Calcutta medical institutions reports 1871-78
Year: 1871
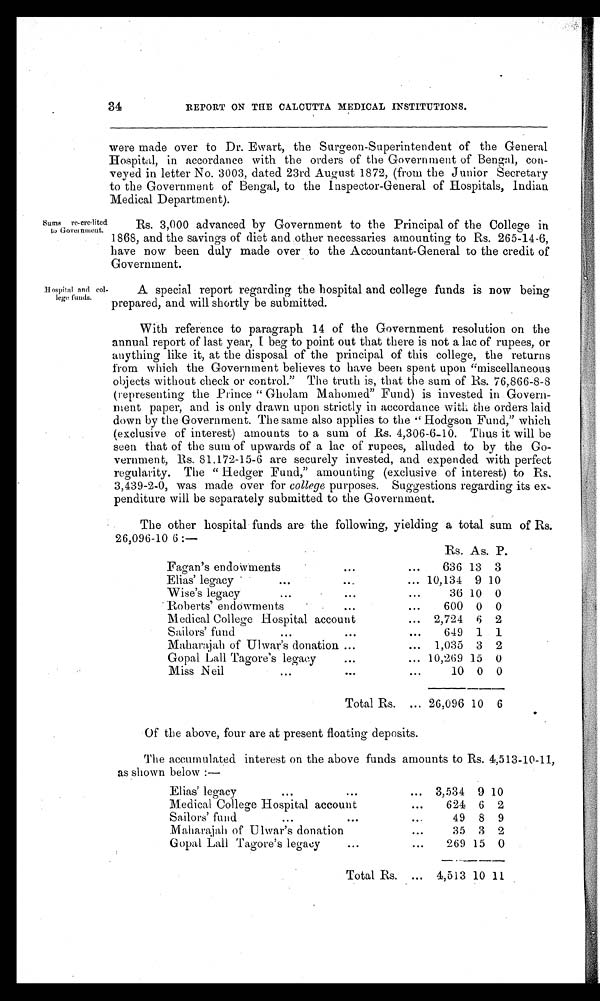
34
REPORT ON THE CALCUTTA MEDICAL INSTITUTIONS.
were made over to Dr. Ewart, the Surgeon-Superintendent of the General
Hospital, in accordance with the orders of the Government of Bengal, con-
-veyed in letter No. 3003, dated 23rd August 1872, (from the Junior Secretary
to the Government of Bengal, to the Inspector-General of Hospitals, Indian
Medical Department).
SSums re- crdicted toGovernment.
Hospital and col-
lege funds.
Rs. 3,000 advanced by Government to the Principal of the College in
1868, and the savings of diet and other necessaries amounting to Rs. 265-14-6,
have now been duly made over to the Accountant-General to the credit of
Government.
A special report regarding the hospital and college funds is now being
prepared, and will shortly be submitted.
With reference to paragraph 14 of the Government resolution on the
annual report of last year, I beg to point out that there is not a lac of rupees, or
anything like it, at the disposal of the principal of this college, the returns
from which the Government believes to have been spent upon "miscellaneous
objects without check or control." The truth is, that the sum of Rs. 76,866-8-8
(representing the Prince " Gholam Mahomed" Fund) is invested in Govern--
ment paper, and is only drawn upon strictly in accordance with the orders laid
down by the Government. The same also applies to the " Hodgson Fund," which
(exclusive of interest) amounts to a sum of Rs. 4,306-6-10. Thus it will be
seen that of the sum of upwards of a lac of rupees, alluded to by the Go-
vernment, Rs. 81,172-15-6 are securely invested, and expended with perfect
regularity. The " Hedger Fund," amounting (exclusive of interests) to Rs,
3,439-2-0, was made over for college purposes. Suggestions regarding its ex
penditure will be separately submitted to the Government.
The other hospital funds are the following, yielding a total sum of Rs.
26,096-10 6 :—
Rs. As. P.
Fagan's endowments
...
...
636 13 3
Elias' legacy
...
...
... 10,134 9
W i s e ' s l e g a c y . . . . . .
...
36 10 0
Roberts' endowments
...
...
600 0 0
Medical College Hospital account
... 2,724 6 2
Sailors' fund
...
...
649 1 1
Maharajah of Ulwar's donation ...
... 1,035 3 2
Gopal Lall Tagore's legacy
...
... 10,269 15 0
Miss Neil
...
....
10 0 0
Total Rs. ... 26,096 10 6
Of the above. four are at nresent floating deposits.
The accumulated interest on the above funds amounts to Rs. 4,513-10-11,
as shown below :--
Elias' legacy
...
...
... 3,534 9 10
Medical College Hospital account
...
624 6 2
Sailors' fund
...
...
...
49 8 9
Maharajah of Ulwar's donation
...
35 3 2
Gopal Lall Tagore's legacy
...
...
269 15 0
Total Rs. ... 4,513 10 11